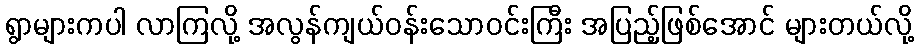
ရွာများကပါ လာကြလို့ အလွန်ကျယ်ဝန်းသောဝင်းကြီး အပြည့်ဖြစ်အောင် များတယ်လို့